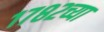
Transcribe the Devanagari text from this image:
१७८२च्या